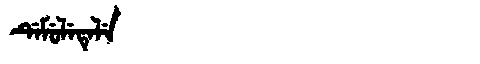
Manchu: ᡩᡝᠮᡠᠯᡝᡨᡝᠯᡝ
Romanization: DEMULETELE